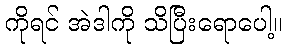
ကိုရင် အဲဒါကို သိပြီးရောပေါ့။